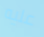
عليه